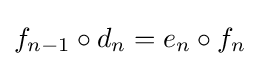
f_{n-1}\circ d_{n}=e_{n}\circ f_{n}